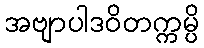
အဗျာပါဒဝိတက္ကမ္ပိ